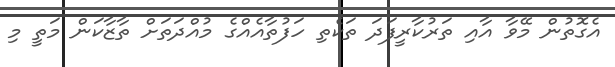
އެގޮތުން މޭވާ އާއި ތަރުކާރީފަދަ ތަކެތި ހަފުތާއެއްގެ މުއްދަތަށް ތާޒާކަން މަތީ މި